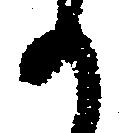
か